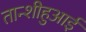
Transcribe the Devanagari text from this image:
तान्शीहुआई